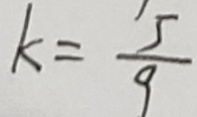
k = \frac { 5 } { 9 }